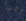
يجب